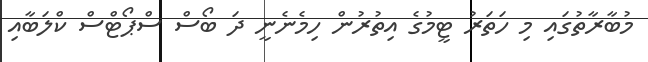
މުބާރާތުގައި މި ހަތަރު ޓީމުގެ އިތުރުން ހިމެނެނީ ދަ ބޯސް ސްޕޯޓްސް ކްލަބާއި